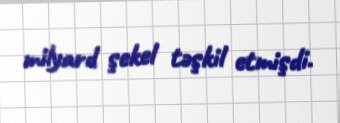
milyard şekel təşkil etmişdi.